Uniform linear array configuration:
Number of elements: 16
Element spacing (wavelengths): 1
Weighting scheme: hamming
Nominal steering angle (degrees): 15
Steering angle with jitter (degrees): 16.025
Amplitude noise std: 0.05
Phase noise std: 0.05

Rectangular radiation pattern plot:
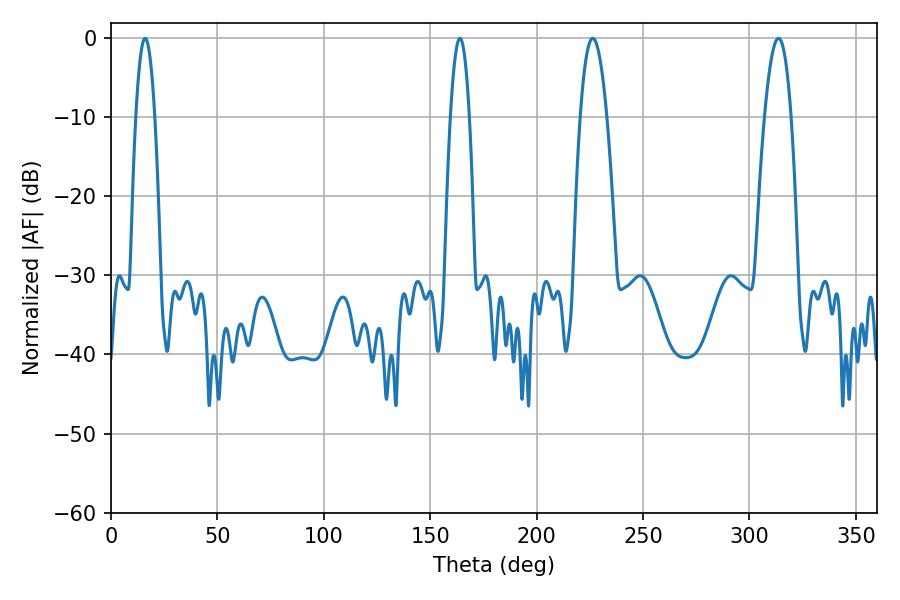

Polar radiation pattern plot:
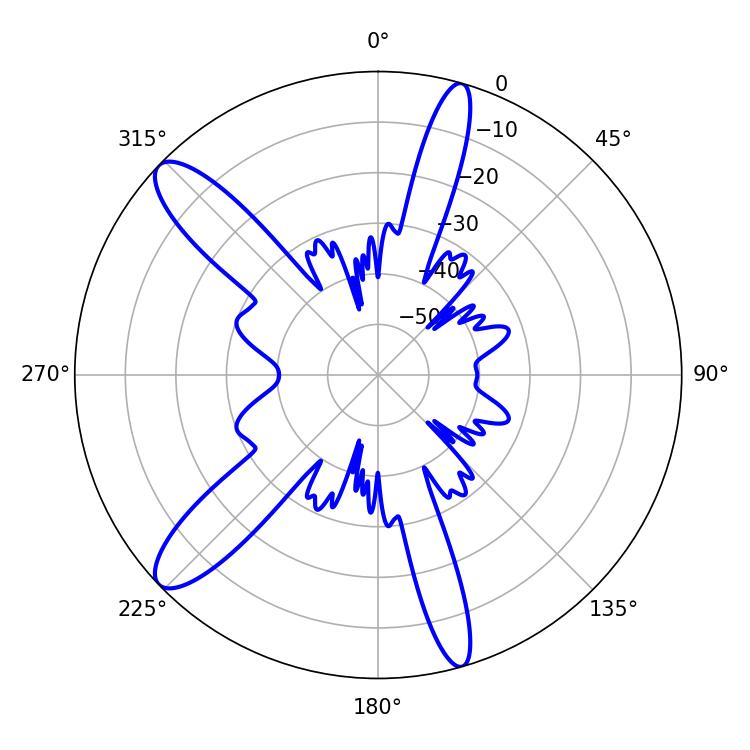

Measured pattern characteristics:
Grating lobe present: TRUE
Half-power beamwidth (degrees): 4.86
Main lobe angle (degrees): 16.02